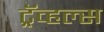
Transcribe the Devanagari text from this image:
ट्रॅव्हल्स